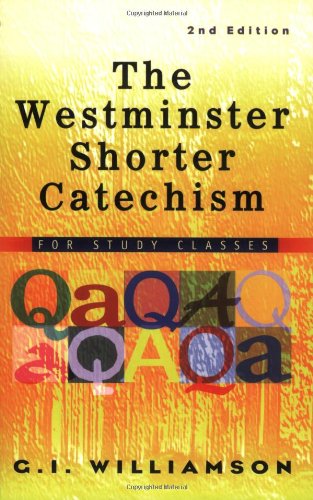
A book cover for The Westminster Shorter Catechism: For Study Classes; G. I. Williamson; Christian Books & Bibles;